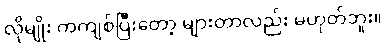
လိုမျိုး ကကျစ်ပြီးတော့ များတာလည်း မဟုတ်ဘူး။